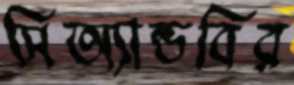
সিঅ্যান্ডবির